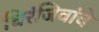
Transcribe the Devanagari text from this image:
चिरंजिवांचे